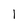
Character: 1